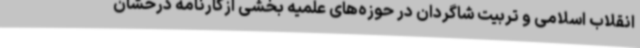
انقلاب اسلامی و تربیت شاگردان در حوزه‌های علمیه بخشی ازکارنامه درخشان